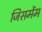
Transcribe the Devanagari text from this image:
जिसमेंम